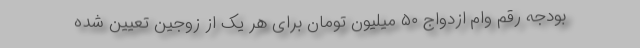
بودجه رقم وام ازدواج ۵۰ میلیون تومان برای هر یک از زوجین تعیین شده